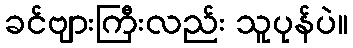
ခင်ဗျားကြီးလည်း သူပုန်ပဲ။